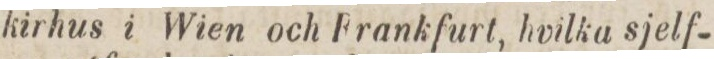
kirhus i Wien och Frankfurt, hvilka sjelf-